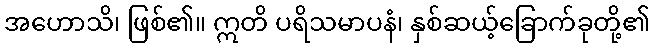
အဟောသိ၊ ဖြစ်၏။ ဣတိ ပရိသမာပနံ၊ နှစ်ဆယ့်ခြောက်ခုတို့၏